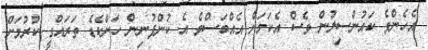
އެހެންވެ ކައުންސިލުން ވެސް އެކަމަށް އެއްބަސްވެ އެ ކުންފުނިން ހަންކެޑެ ތަރައްގީ ކުރުމަށް